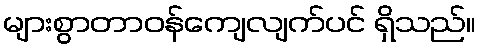
များစွာတာဝန်ကျေလျက်ပင် ရှိသည်။